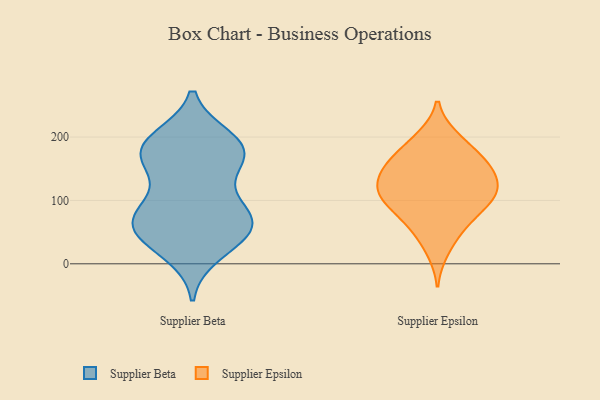
{"axis": {"x": "Temperature (°C)", "y": "Value"}, "legend": ["Supplier Beta", "Supplier Epsilon"], "data": [{"x": "", "y": 41, "type": "Supplier Beta"}, {"x": "", "y": 17, "type": "Supplier Beta"}, {"x": "", "y": 68, "type": "Supplier Beta"}, {"x": "", "y": 34, "type": "Supplier Beta"}, {"x": "", "y": 156, "type": "Supplier Beta"}, {"x": "", "y": 197, "type": "Supplier Beta"}, {"x": "", "y": 59, "type": "Supplier Beta"}, {"x": "", "y": 57, "type": "Supplier Beta"}, {"x": "", "y": 146, "type": "Supplier Beta"}, {"x": "", "y": 186, "type": "Supplier Beta"}, {"x": "", "y": 177, "type": "Supplier Beta"}, {"x": "", "y": 77, "type": "Supplier Beta"}, {"x": "", "y": 184, "type": "Supplier Beta"}, {"x": "", "y": 93, "type": "Supplier Beta"}, {"x": "", "y": 85, "type": "Supplier Beta"}, {"x": "", "y": 191, "type": "Supplier Beta"}, {"x": "", "y": 172, "type": "Supplier Beta"}, {"x": "", "y": 67, "type": "Supplier Beta"}, {"x": "", "y": 119, "type": "Supplier Epsilon"}, {"x": "", "y": 199, "type": "Supplier Epsilon"}, {"x": "", "y": 104, "type": "Supplier Epsilon"}, {"x": "", "y": 148, "type": "Supplier Epsilon"}, {"x": "", "y": 131, "type": "Supplier Epsilon"}, {"x": "", "y": 96, "type": "Supplier Epsilon"}, {"x": "", "y": 163, "type": "Supplier Epsilon"}, {"x": "", "y": 60, "type": "Supplier Epsilon"}, {"x": "", "y": 104, "type": "Supplier Epsilon"}, {"x": "", "y": 132, "type": "Supplier Epsilon"}, {"x": "", "y": 109, "type": "Supplier Epsilon"}, {"x": "", "y": 53, "type": "Supplier Epsilon"}, {"x": "", "y": 132, "type": "Supplier Epsilon"}, {"x": "", "y": 158, "type": "Supplier Epsilon"}, {"x": "", "y": 20, "type": "Supplier Epsilon"}, {"x": "", "y": 96, "type": "Supplier Epsilon"}, {"x": "", "y": 165, "type": "Supplier Epsilon"}, {"x": "", "y": 200, "type": "Supplier Epsilon"}, {"x": "", "y": 170, "type": "Supplier Epsilon"}, {"x": "", "y": 73, "type": "Supplier Epsilon"}]}